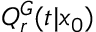
Q _ { r } ^ { G } ( t | x _ { 0 } )